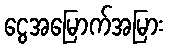
ငွေအမြောက်အမြား